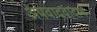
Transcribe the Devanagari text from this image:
अपवादवादाचे